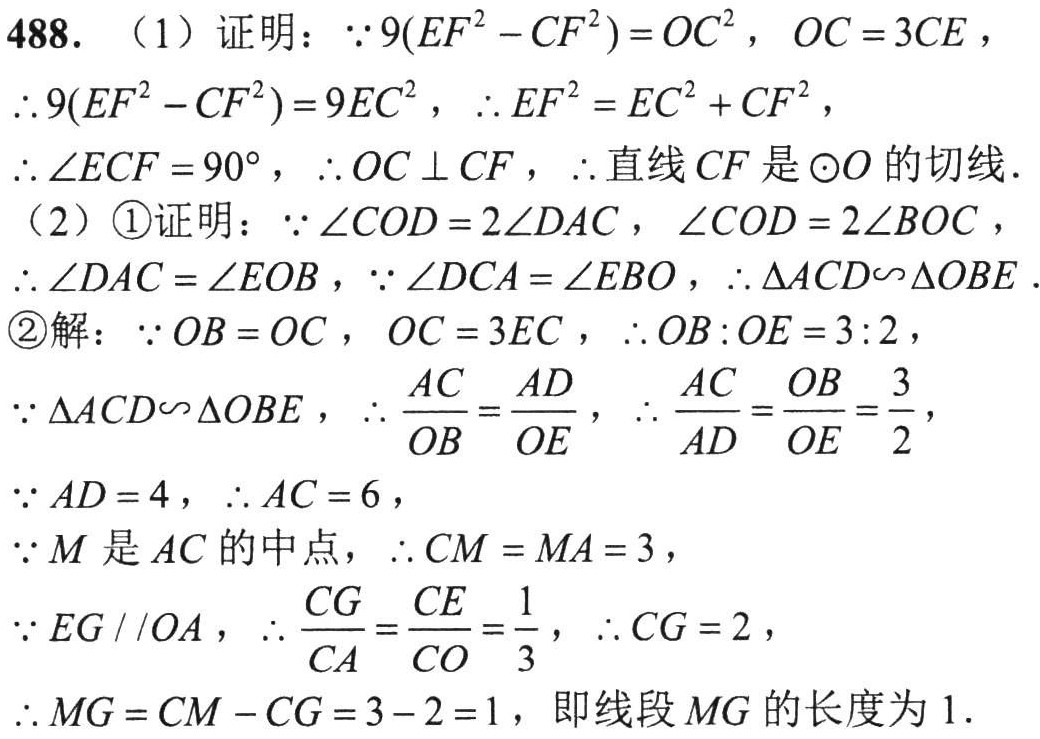
488. （1）证明：
   - 因为\(9(EF^{2}-CF^{2}) = OC^{2}\)，\(OC = 3CE\)，所以\(9(EF^{2}-CF^{2}) = 9EC^{2}\)，则\(EF^{2}=EC^{2}+CF^{2}\)。
   - 由勾股定理逆定理可知\(\angle ECF = 90^{\circ}\)，即\(OC\perp CF\)，所以直线\(CF\)是\(\odot O\)的切线。
（2）\textcircled{1}证明：
   - 因为\(\angle COD = 2\angle DAC\)，\(\angle COD = 2\angle BOC\)，所以\(\angle DAC=\angle EOB\)。
   - 又因为\(\angle DCA=\angle EBO\)，所以\(\triangle ACD\sim\triangle OBE\)。
\textcircled{2}解：
   - 因为\(OB = OC\)，\(OC = 3EC\)，所以\(OB:OE = 3:2\)。
   - 由于\(\triangle ACD\sim\triangle OBE\)，则\(\frac{AC}{OB}=\frac{AD}{OE}\)，所以\(\frac{AC}{AD}=\frac{OB}{OE}=\frac{3}{2}\)。
   - 已知\(AD = 4\)，所以\(AC = 6\)。
   - 因为\(M\)是\(AC\)的中点，所以\(CM = MA = 3\)。
   - 因为\(EG\parallel OA\)，所以\(\frac{CG}{CA}=\frac{CE}{CO}=\frac{1}{3}\)，则\(CG = 2\)。
   - 所以\(MG=CM - CG = 3 - 2 = 1\)，即线段\(MG\)的长度为\(1\)。